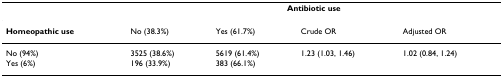
|  | <COLSPAN=4> Antibiotic use |
 | --- | --- | --- | --- | --- |
 | Homeopathic use | No (38.3%) | Yes (61.7%) | Crude OR | Adjusted OR |
 | No (94%) | 3525 (38.6%) | 5619 (61.4%) | 1.23 (1.03, 1.46) | 1.02 (0.84, 1.24) |
 | Yes (6%) | 196 (33.9%) | 383 (66.1%) |  |  |